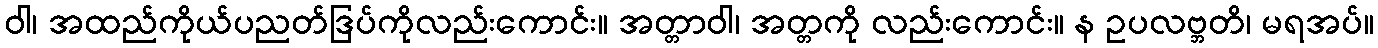
ဝါ၊ အထည်ကိုယ်ပညတ်ဒြပ်ကိုလည်းကောင်း။ အတ္တာဝါ၊ အတ္တကို လည်းကောင်း။ န ဥပလဗ္ဘတိ၊ မရအပ်။